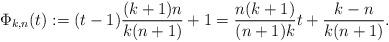
LaTeX: \begin{align*} \Phi_{k,n}(t):=(t-1)\frac{(k+1)n}{k(n+1)}+1=\frac{n(k+1)}{(n+1)k}t+ \frac{k-n}{k(n+1)}.\end{align*}